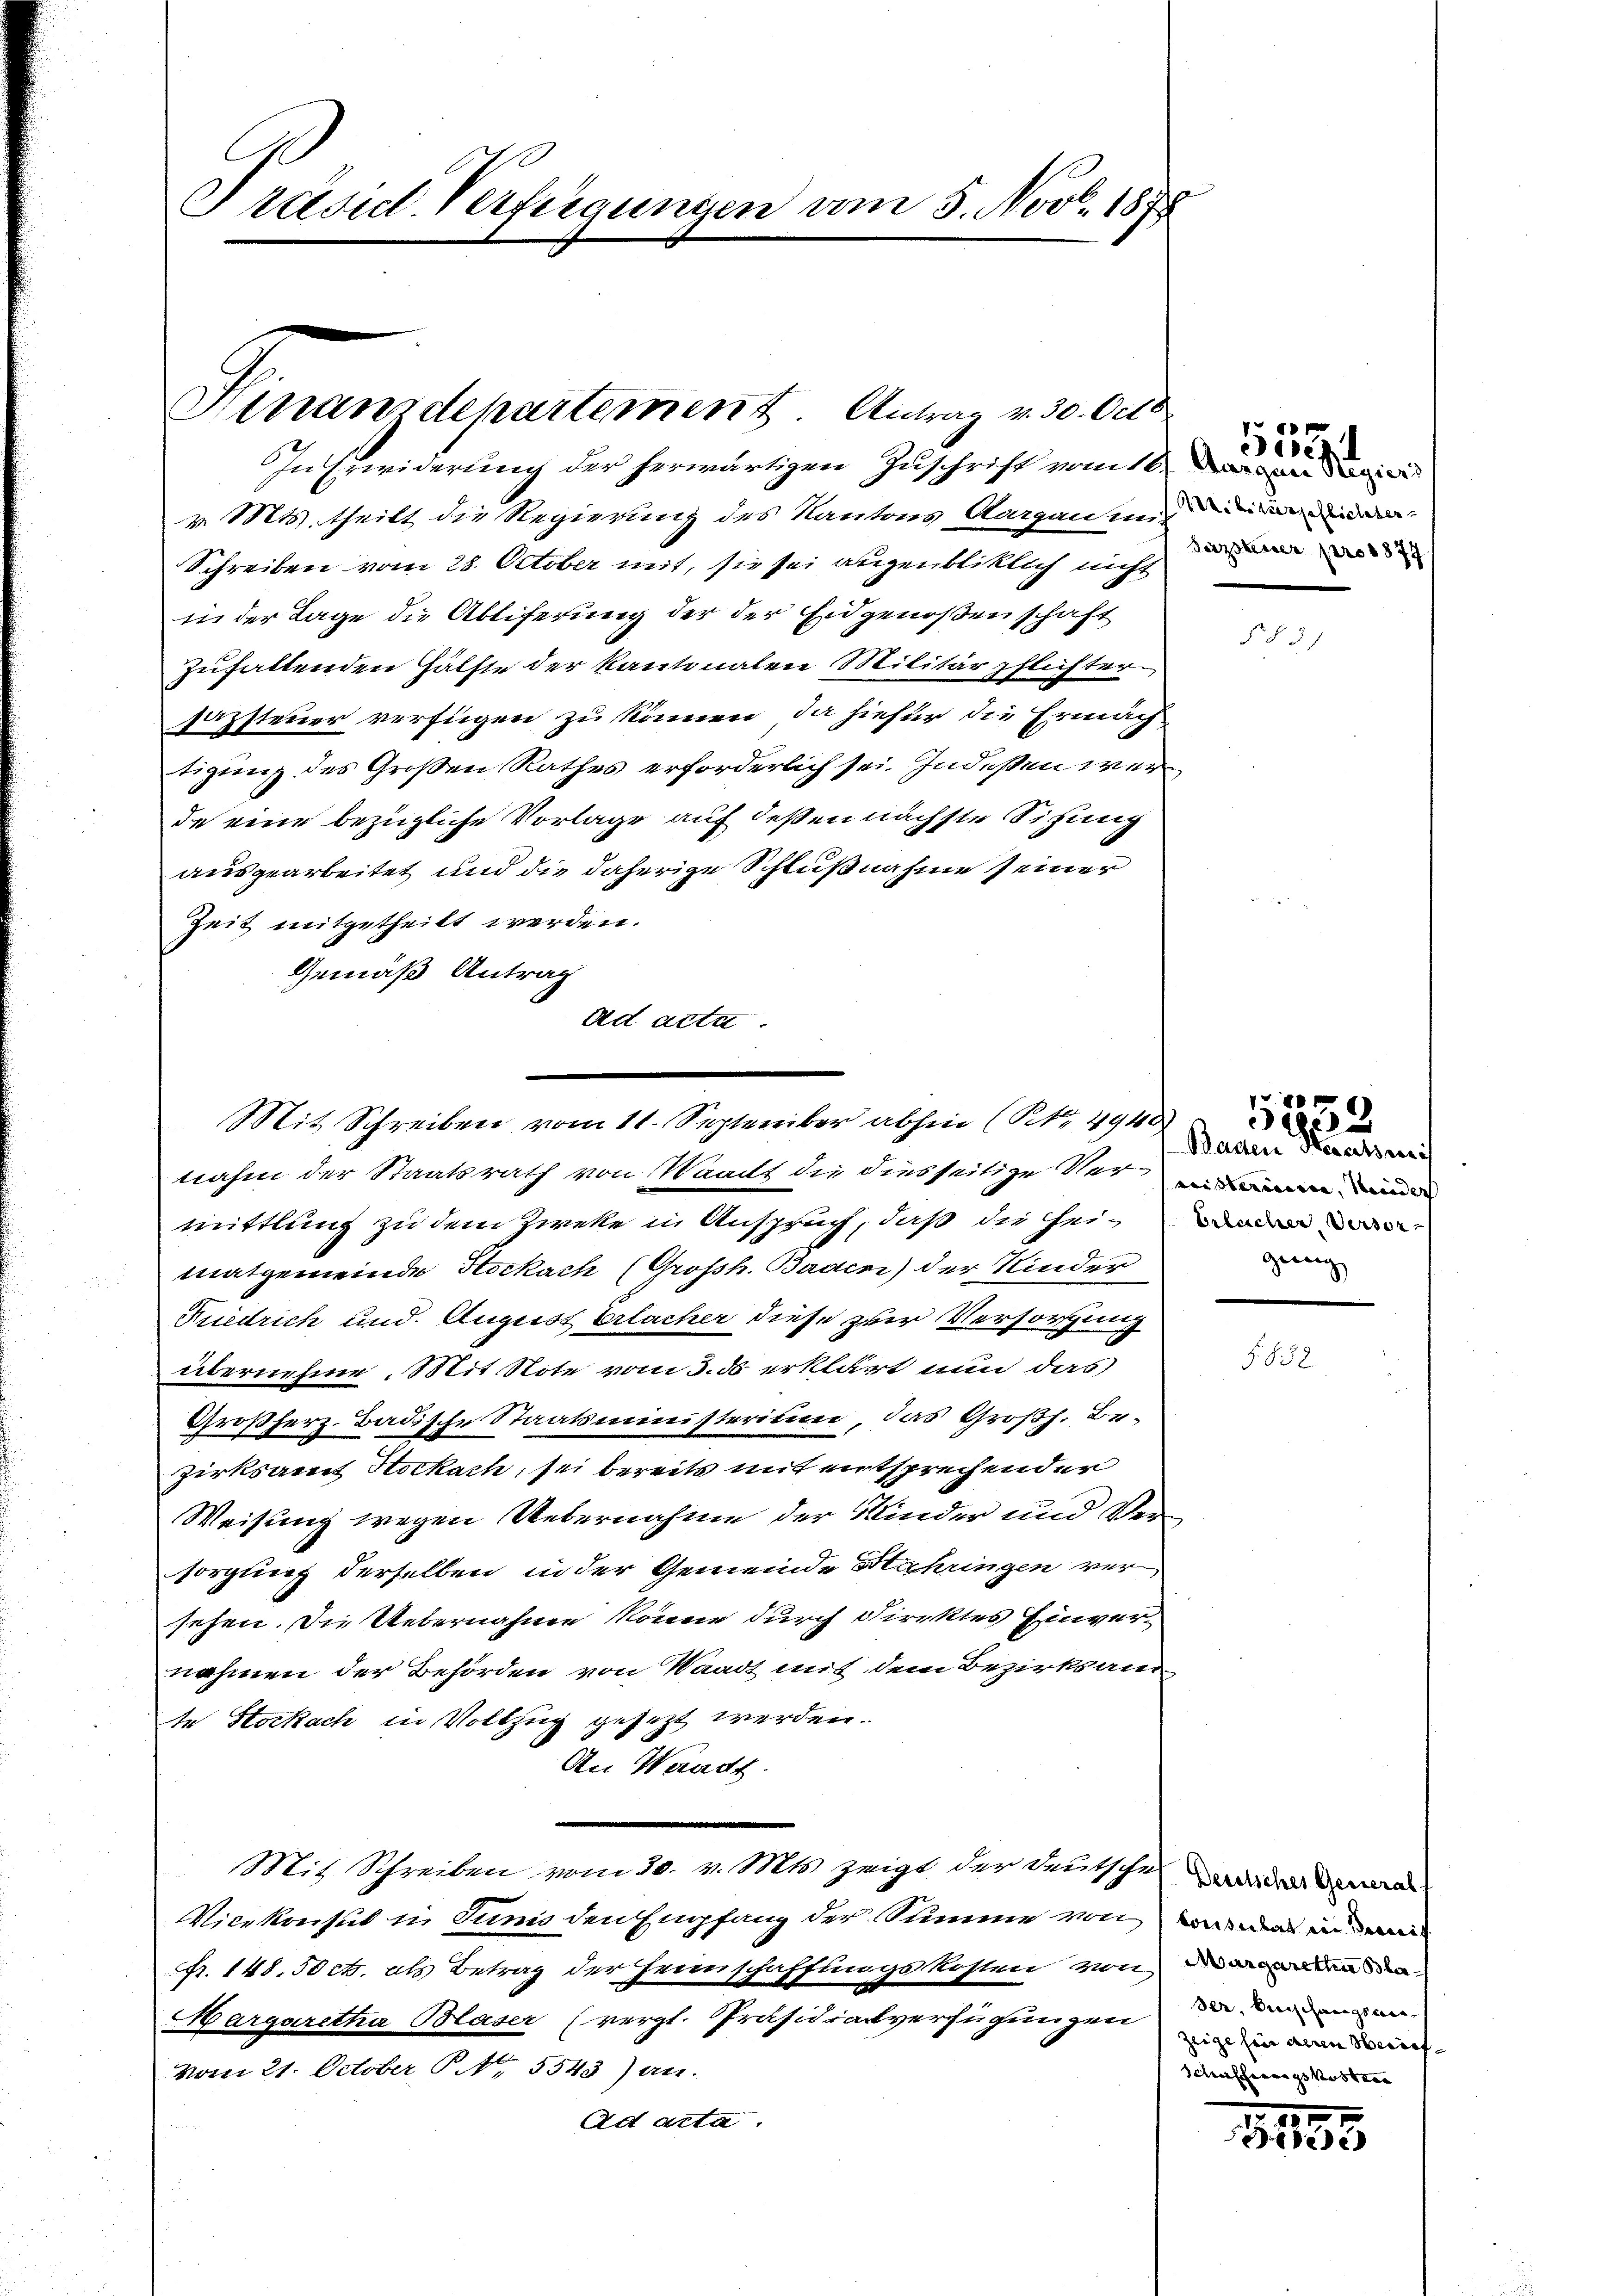
Präsid Verfeigungen vom 5. Nov. 1878

Hinanzdepartement. Antrag v. 30. Octo

In Erwiderung der herwärtigen Zuschrift vom 16.
v. Mts. theilt die Regierung des Kantons Aargau mir und
Schreiben vom 28. October mit, sie sei augenbliklich nicht
in der Lage die Abliferung der der Eidgenoßenschaft
zufaltenden Hälfte der Kantonalen Militärpflichter
sazsteuer verfügen zu können, da hiefür die Ermach
tigung des Großen Rathes erforderlich sei. Indeßen werde eine bezügliche Vorlage auf deßen nächste Sichung
ausgearbeitet und die daherige Schlußnahme seiner
Zeit mitgetheilt werden.
Gemäß Antrag
ad acta

Mit Schreiben vom 11. September abhin (S. 4940

Sazsteuer pro 1877

nahen der Staatsrath von Waacht die diesseitige Ver
mittlung zu dem Zweke in Anspruch, daß die Heimatgemeinde Hockach (Großh. Baden) der Kinder
Rriedrich und. August Erlacher diese zur Versorgung
übernehme.  Mit Note vom 3. ds erklärt nun das
Großherz. Badische Staatsministerimum, das Großh. Be-
zirksamt Stockach, sei bereits mit entsprechender
Weisung wegen Uebernahme der Kinder und Versorgung derselben in der Gemeinde Mähringen versehen. Die Uebernahme könne durch direktes Einvernahmen der Behörden von Waadt mit dem Bezirksand
te Stockach in Vollzug gesezt werden.
An Waadt.
Mit Schreiben vom 30. v. Mts. zeigt der Deutsche
Vicekonsul in Junis den Empfang der Summe von in war in ei
Fr. 148. 50 ct. als Betrag der Heimschaffungskosten von den
Margaretha Blaser (vergl. Präsidialversuchungen zu werden anvom 21. October P. 5543) an.
Ad acta.

eesen

§§ 31

Baden Beratsrec
Erleicher Versor
geng

1232.

§. § 58.

Deutsches Generals
Zeige ein deren Serief
chischerungskosten

1135